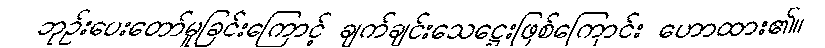
ဘုဉ်းပေးတော်မူခြင်းကြောင့် ချက်ချင်းသေဋ္ဌေးဖြစ်ကြောင်း ဟောထား၏။